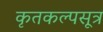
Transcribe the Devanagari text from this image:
कृतकल्पसूत्र